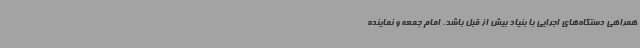
همراهی دستگاه‌های اجرایی با بنیاد بیش از قبل باشد. امام جمعه و نماینده